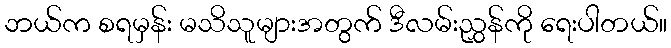
ဘယ်က စရမှန်း မသိသူများအတွက် ဒီလမ်းညွှန်ကို ရေးပါတယ်။